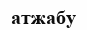
атжабу